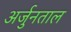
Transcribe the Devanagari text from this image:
अर्जुनताल